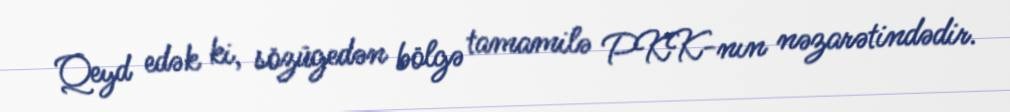
Qeyd edək ki, sözügedən bölgə tamamilə PKK-nın nəzarətindədir.